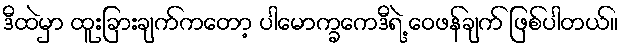
ဒီထဲမှာ ထူးခြားချက်ကတော့ ပါမောက္ခကေဒီရဲ့ ဝေဖန်ချက် ဖြစ်ပါတယ်။